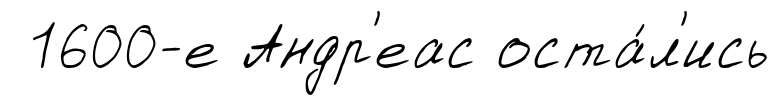
1600-е Андр'еас оста́л'ись